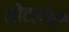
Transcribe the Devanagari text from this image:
मोटर्सची